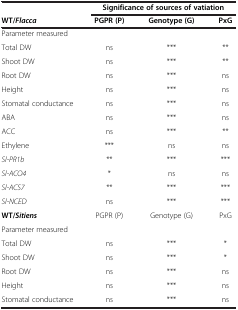
|  | <COLSPAN=3> Significance of sources of vatiation |
 | WT/Flacca | PGPR (P) | Genotype (G) | PxG |
 | --- | --- | --- | --- |
 | Parameter measured |  |  |  |
 | Total DW | ns | *** | ** |
 | Shoot DW | ns | *** | ** |
 | Root DW | ns | *** | ns |
 | Height | ns | *** | ns |
 | Stomatal conductance | ns | *** | ns |
 | ABA | ns | *** | ns |
 | ACC | ns | *** | ** |
 | Ethylene | *** | ns | ns |
 | Sl-PR1b | ** | *** | *** |
 | Sl-ACO4 | * | ns | ns |
 | Sl-ACS7 | ** | *** | *** |
 | Sl-NCED | ns | *** | *** |
 | WT/Sitiens | PGPR (P) | Genotype (G) | PxG |
 | Parameter measured |  |  |  |
 | Total DW | ns | *** | * |
 | Shoot DW | ns | *** | * |
 | Root DW | ns | *** | ns |
 | Height | ns | *** | ns |
 | Stomatal conductance | ns | *** | ns |